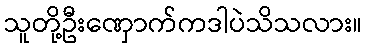
သူတို့ဦးဏှောက်ကဒါပဲသိသလား။